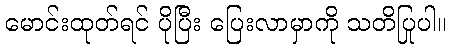
မောင်းထုတ်ရင် ပိုပြီး ပြေးလာမှာကို သတိပြုပါ။